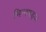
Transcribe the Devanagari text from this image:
भिन्नषड्ज